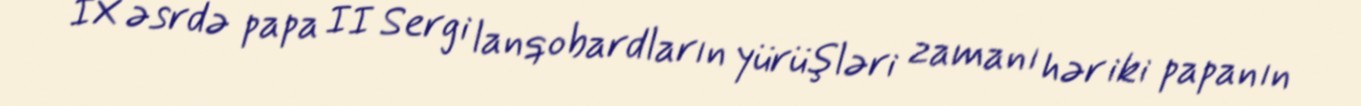
IX əsrdə papa II Sergi lanqobardların yürüşləri zamanı hər iki papanın